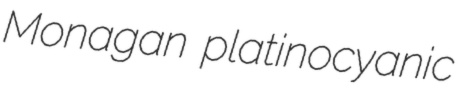
Monagan platinocyanic